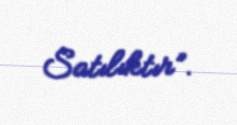
Satılıktır”.